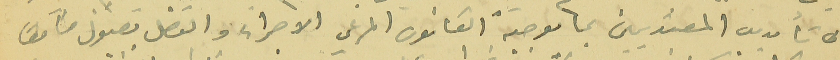
الى تأديب المعتديين بما يوجبة القانون المرعي الاجراء والتفضل بقبول فايق